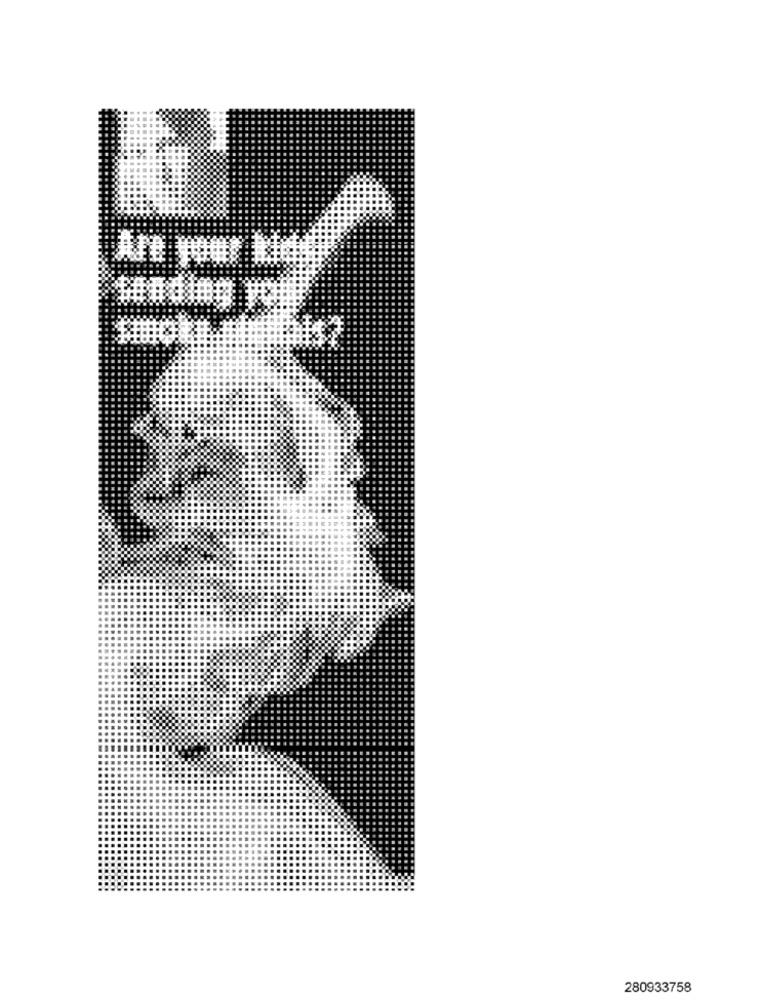
280933758